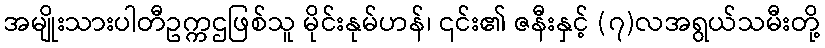
အမျိုးသားပါတီဥက္ကဌဖြစ်သူ မိုင်းနုမ်ဟန်၊ ၎င်း၏ ဇနီးနှင့် (၇)လအရွယ်သမီးတို့